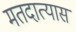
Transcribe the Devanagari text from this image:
मतदात्यास